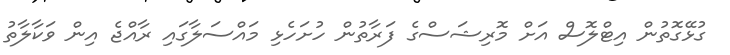
ގުޅޭގޮތުން އިޓްލޮސް އަށް މޮރިޝަސްގެ ފަރާތުން ހުށަހެޅި މައްސަލާގައި ރާއްޖެ އިން ވަކާލާތު